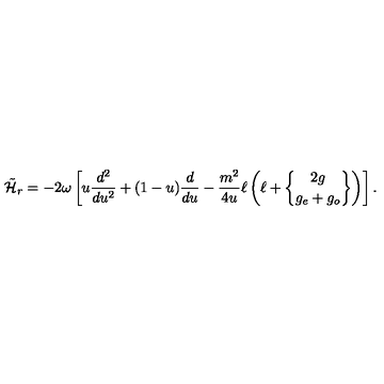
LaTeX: \tilde { \cal H } _ { r } = - 2 \omega \left[ u { \frac { d ^ { 2 } } { d u ^ { 2 } } } + ( 1 - u ) { \frac { d } { d u } } - { \frac { m ^ { 2 } } { 4 u } } \ell \left( \ell + { 2 g \brace g _ { e } + g _ { o } } \right) \right] .